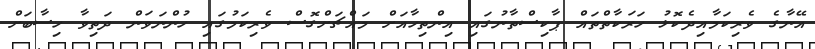
އޭނާގެ ވެރިކަމާއިދެކޮޅު ހަރަކާތްތައް ޕާކިސްތާނުގައި އިންތިހާއަށް މައްޗަށްގޮސް ވެރިކަމުގައި ހުންނަވަން ދަތިވާ ހިސާބަށް